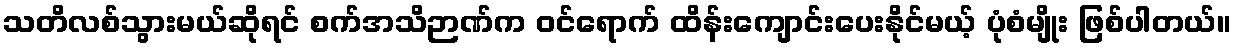
သတိလစ်သွားမယ်ဆိုရင် စက်အသိဉာဏ်က ဝင်ရောက် ထိန်းကျောင်းပေးနိုင်မယ့် ပုံစံမျိုး ဖြစ်ပါတယ်။